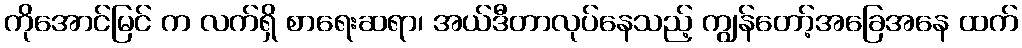
ကိုအောင်မြင် က လက်ရှိ စာရေးဆရာ၊ အယ်ဒီတာလုပ်နေသည့် ကျွန်တော့်အခြေအနေ ထက်